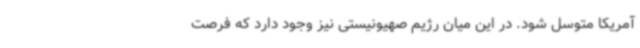
آمریکا متوسل شود. در این میان رژیم صهیونیستی نیز وجود دارد که فرصت